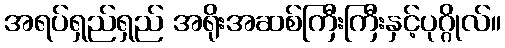
အရပ်ရှည်ရှည် အရိုးအဆစ်ကြီးကြီးနှင့်ပုဂ္ဂိုလ်။